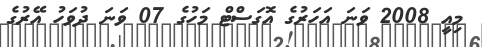
މިއީ 2008 ވަނަ އަހަރުގެ އޮގަސްޓް މަހުގެ 07 ވަނަ ދުވަހު އޭރުގެ